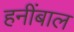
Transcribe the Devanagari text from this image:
हनींबाल